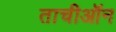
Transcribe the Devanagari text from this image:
ताचीऑन